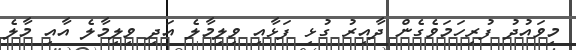
މިވައުދު ފުރިހަމަވެގެން ދާއިރު ގުޅި ފަޅާއި ވިލިމާލެ އަދި ވިލިމާލެ އާއި މާލެ